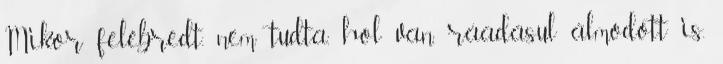
Mikor felébredt, nem tudta, hol van, ráadásul álmodott is.